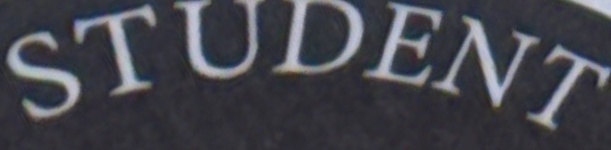
STUDENT